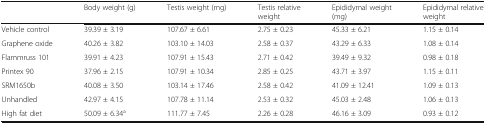
<table><thead><tr><td></td><td><b>Body weight (g)</b></td><td><b>Testis weight (mg)</b></td><td><b>Testis relative weight</b></td><td><b>Epididymal weight (mg)</b></td><td><b>Epididymal relative weight</b></td></tr></thead><tbody><tr><td>Vehicle control</td><td>39.39 ± 3.19</td><td>107.67 ± 6.61</td><td>2.75 ± 0.23</td><td>45.33 ± 6.21</td><td>1.15 ± 0.14</td></tr><tr><td>Graphene oxide</td><td>40.26 ± 3.82</td><td>103.10 ± 14.03</td><td>2.58 ± 0.37</td><td>43.29 ± 6.33</td><td>1.08 ± 0.14</td></tr><tr><td>Flammruss 101</td><td>39.91 ± 4.23</td><td>107.91 ± 15.43</td><td>2.71 ± 0.42</td><td>39.49 ± 9.32</td><td>0.98 ± 0.18</td></tr><tr><td>Printex 90</td><td>37.96 ± 2.15</td><td>107.91 ± 10.34</td><td>2.85 ± 0.25</td><td>43.71 ± 3.97</td><td>1.15 ± 0.11</td></tr><tr><td>SRM1650b</td><td>40.08 ± 3.50</td><td>103.14 ± 17.46</td><td>2.58 ± 0.42</td><td>41.09 ± 12.41</td><td>1.09 ± 0.13</td></tr><tr><td>Unhandled</td><td>42.97 ± 4.15</td><td>107.78 ± 11.14</td><td>2.53 ± 0.32</td><td>45.03 ± 2.48</td><td>1.06 ± 0.13</td></tr><tr><td>High fat diet</td><td>50.09 ± 6.34<sup>a</sup></td><td>111.77 ± 7.45</td><td>2.26 ± 0.28</td><td>46.16 ± 3.09</td><td>0.93 ± 0.12</td></tr></tbody></table>